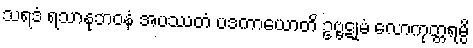
သရဒံ ရသာနုဘဝနံ အပဿတံ ပဒကာယောတိ ဥဗ္ဗဋုမံ လောကုတ္တရမ္ပိ